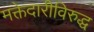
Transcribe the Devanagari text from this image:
मक्तेदारीविरुद्ध